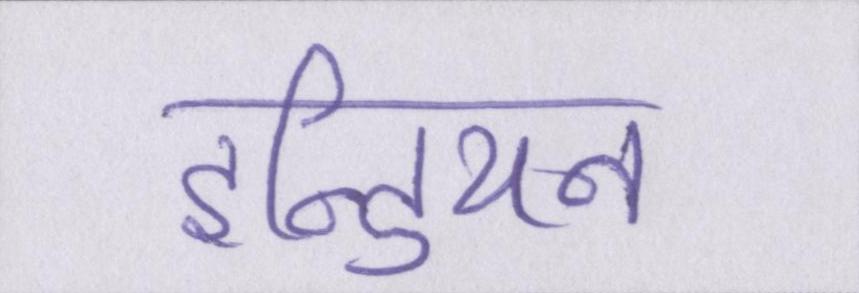
इन्डियन